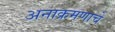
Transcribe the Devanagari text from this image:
अनाक्रमणाचे